Report on lock hospitals in British Burma
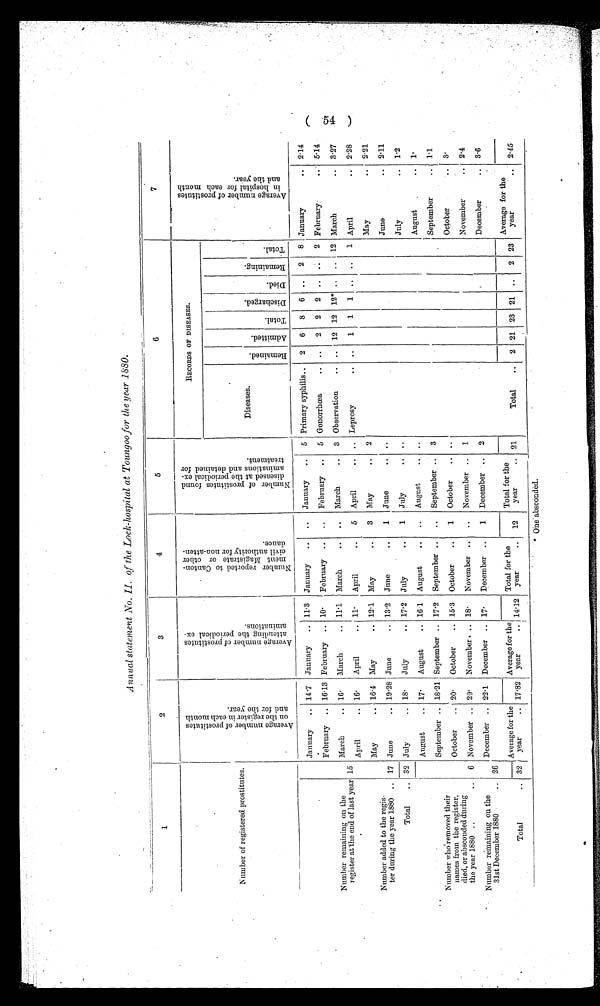
Annual statement No. II. of the Lock-hospital at Toungoo for the year 1880.
1
2
3
4
5
6
7
Number of registered prostitutes.
A v e r a g e n u m b e r o f p r o s t i t u t e s o n t h e r e g i s t e r i n e a c h m o n t h a n d f o r t h e y e a r .
A v e r a g e n u m b e r o f p r o s t i t u t e s a t t e n d i n g t h e p e r i o d i c a l e x - a m i n a t i o n s .
N u m b e r r e p o r t e d t o C a n t o n m e n t M a g i s t r a t e o r o t h e r c i v i l a u t h o r i t y f o r n o n - a t t e n d a n c e .
N u m b e r o f p r o t i t u t e s f o u n d d i s e a s e d a t t h e p e r i o d i c a l e x a m i n a t i o n s a n d d e t a i n e d f o r t r e a t m e n t .
RECORDS OF DISEASES.
A v e r a g e n u m b e r o f p r o s t i t u t e s i n h o s p i t a l f o r e a c h m o n t h a n d t h e y e a r .
Diseases.
R e m a i n e d .
A d m i t t e d .
T o t a l .
D i s c h a r g e d .
D i e d .
R e m a i n i n g .
T o t a l .
Number remaining on the
register at the end of last year
January
.. 14 . 7 January
.. 11 . 3 January
..
..
January
..
5 Primary syphilis ..
2
6
8
6 ..
2
8 January
..
2.14
February
.. 16.13 February .. 10*
February
..
..
February
..
5 Gonorrhœa
..
..
2
2
2 ..
..
2 February
5.14
15
March
.. 16.
March
.. 11 . 1 March
..
..
March
3 Observation
..
..
12 12 12* ..
..
12 March
..
3.27
April
.. 16
April
.. 11.
April
..
5
April
..
.. Leprosy
.. ..
1
1
1 ..
..
1 April
..
2.28
Number added to the regis-
ter during the year 1880 ..
May
.. 16.4 May
.. 12.1 May
..
3
May
..
2
May
.. 2.21
17 June
.. 10.28 June
.. 13 . 2 June
..
1
June
..
..
June
.. 2.11
Total
.. 32 July
.. 18 .
July
.. 17.2 July
..
1
July
..
. .
July
1.2
August
.. 17.
August
.. 16.1 August
..
..
August
..
..
August
.. 1.
Number who moved their
names from the register,
died, or absconded during
the year 1880 ..
..
September .. 18 . 21 September .. 17.2
September ..
..
September ..
3
September
..
1.1
October
.. 20.
October
.. 15 . 3
October
..
1
October
..
October
3.
6 November .. 20'
November .. 18.
November ..
..
November ..
1
November
.. 2.4
Number remaining on the
31st December 1880
.. 26
December .. 22 . 1 December .. 17.
December ..
1
December ..
2
December
..
3.6
Total
.. 32
Average for the
year
.. 17 . 82
Average for the
year
.. 14 . 12
Total for the
year
..
12
Total for the
year
.. 21
Total
..
2 21 23 21 ..
2 23
Average for the
year
..
2.45
(54)
* One absconded.